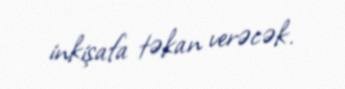
inkişafa təkan verəcək.